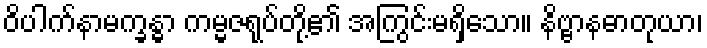
ဝိပါက်နာမက္ခန္ဓာ ကမ္မဇရုပ်တို့၏ အကြွင်းမရှိသော။ နိဗ္ဗာနဓာတုယာ၊